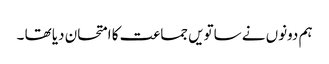
ہم دونوں نے ساتویں جماعت کا امتحان دیا تھا ۔